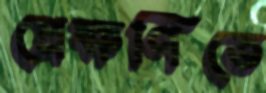
প্রেক্ষণিতে